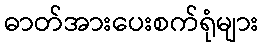
ဓာတ်အားပေးစက်ရုံများ